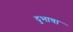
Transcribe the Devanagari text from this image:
दुभाषा